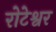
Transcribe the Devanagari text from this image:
रोटेश्वर